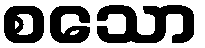
စသော